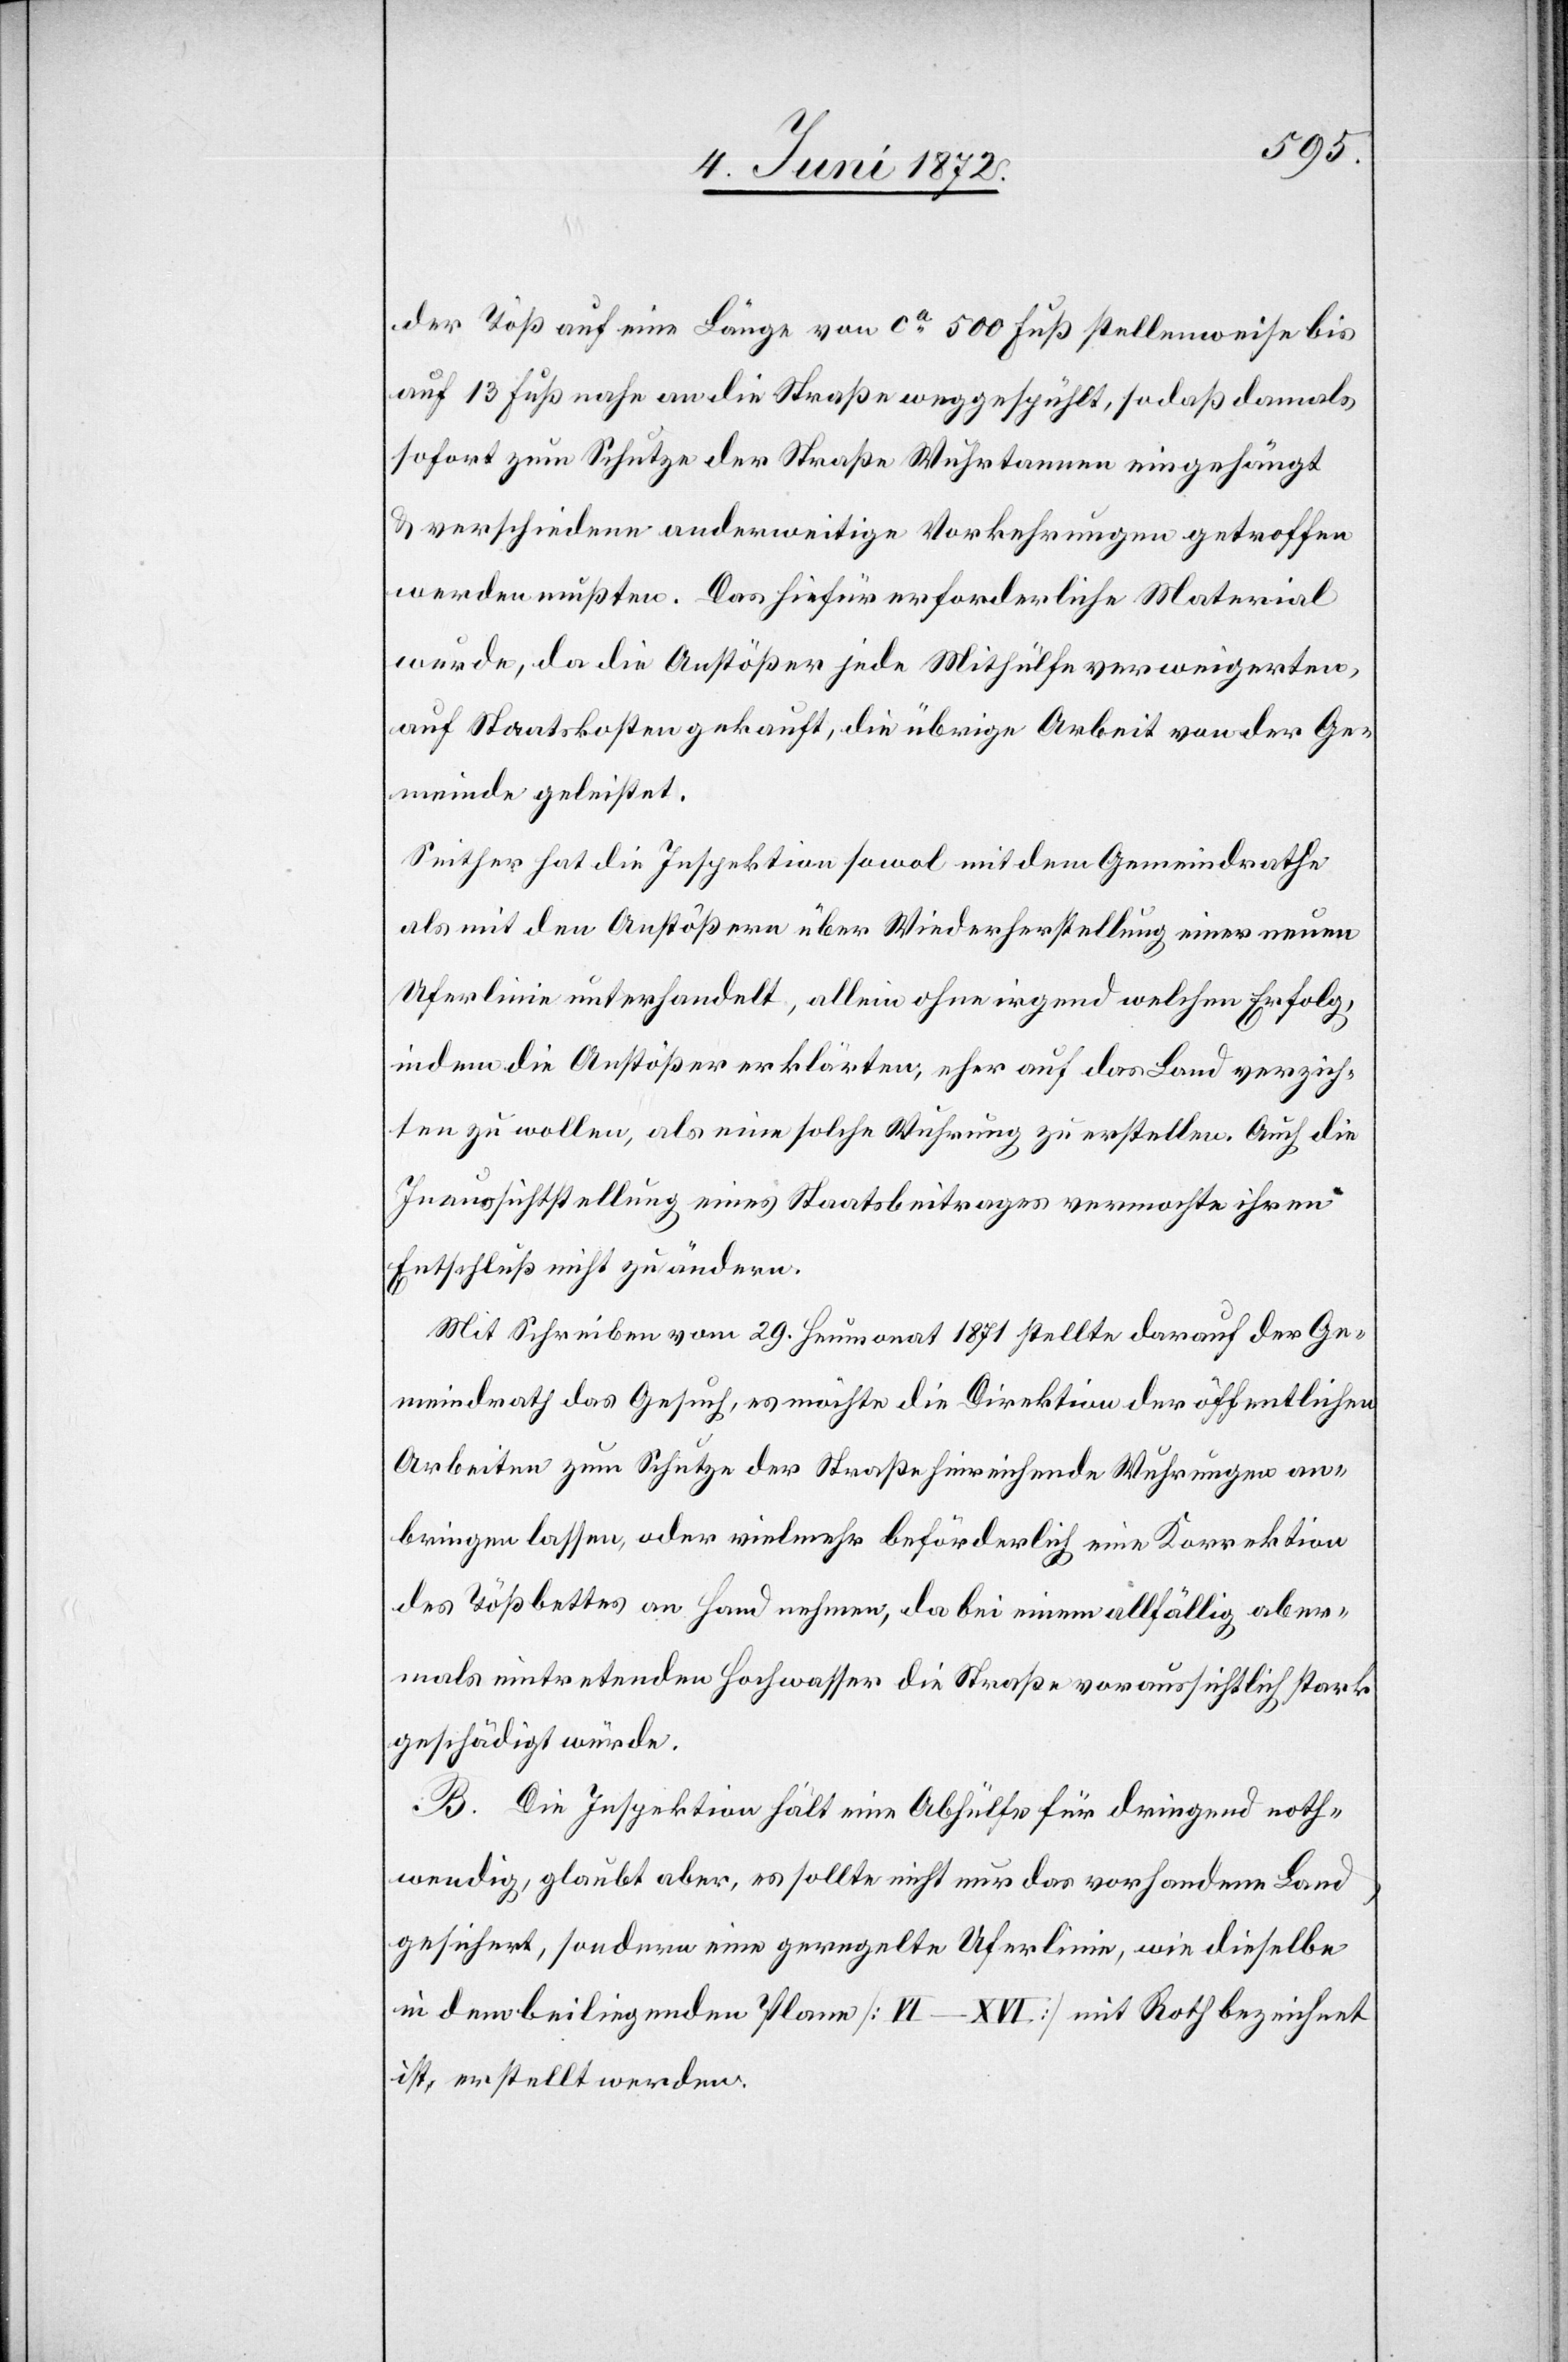
der Töß auf eine Länge von ca 500 Fuß stellenweise bis
auf 13 Fuß nahe an die Straße weggespühlt, sodaß damals
sofort zum Schutze der Straße Wuhrtannen eingehängt
u. verschiedene anderweitige Vorkehrungen getroffen
werden mußten. Das hiefür erforderliche Material
wurde, da die Anstößer jede Mithülfe verweigerten,
auf Staatskosten gekauft, die übrige Arbeit von der Ge¬
meinde geleistet.
Seither hat die Inspektion sowol mit dem Gemeindrathe
als mit den Anstößern über Wiederherstellung einer neuen
Uferlinie unterhandelt, allein ohne irgend welchen Erfolg,
indem die Anstößer erklärten, eher auf das Land verzich¬
ten zu wollen, als eine solche Wuhrung zu erstellen. Auch die
Inaussichtstellung eines Staatsbeitrages vermochte ihren
Entschluß nicht zu ändern.
Mit Schreiben vom 29. Heumonat 1871 stellte darauf der Ge¬
meindrath das Gesuch, es möchte die Direktion der öffentlichen
Arbeiten zum Schutze der Straße hinreichende Wuhrungen an¬
bringen lassen, oder vielmehr beförderlich eine Korrektion
des Tößbettes an Hand nehmen, da bei einem allfällig aber¬
mals eintretenden Hochwasser die Straße voraussichtlich stark
geschädigt würde.
B. Die Inspektion hält eine Abhülfe für dringend noth¬
wendig, glaubt aber, es sollte nicht nur das vorhandene Land
gesichert, sondern eine geregelte Uferlinie, wie dieselbe
in dem beiliegenden Plane [VI–XVI] mit Roth bezeichnet
ist, erstellt werden.